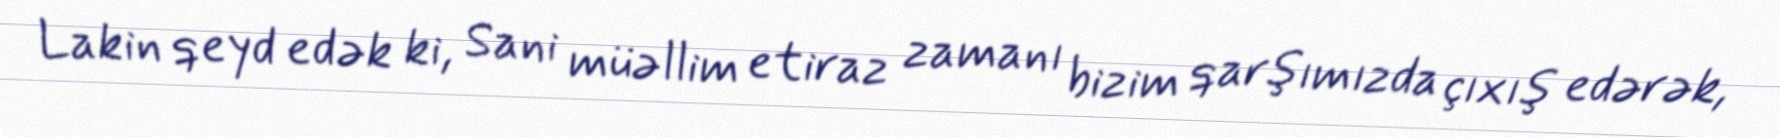
Lakin qeyd edək ki, Sani müəllim etiraz zamanı bizim qarşımızda çıxış edərək,